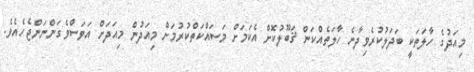
މިއަދުގެ ހާލަތަކީ ބަދަލުކުރެވިދާނެ ހާލަތެއްކަން ޤަބޫލުކޮށް އެކަމަށް މަސައްކަތްކުރުމަށް މިއަދުން މިއަދަށް އަވަސްވެގަންނަންޖެހެއެވެ.